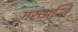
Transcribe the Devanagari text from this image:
गरुअन्ति